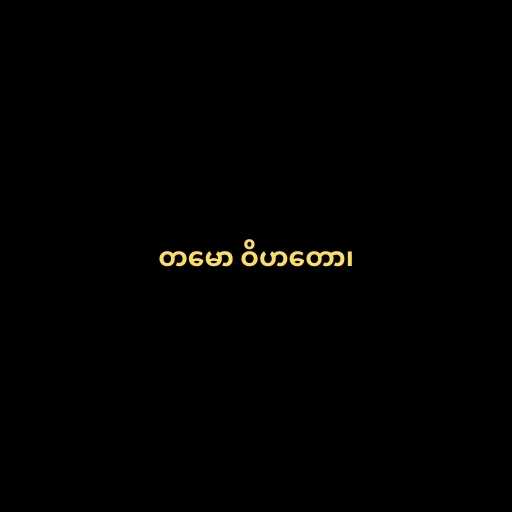
တမော ဝိဟတော၊